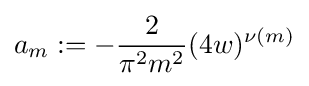
a_{m}:=-{\frac {2}{\pi ^{2}m^{2}}}(4w)^{\nu (m)}